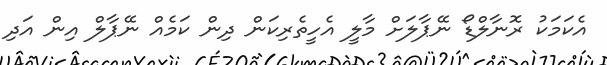
އެކަމަކު ރޮނާލްޑޯ ނޭޕާލަށް މާލީ އެހީތެރިކަން ދިން ކަމެއް ނޭޕާލް އިން އަދި